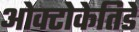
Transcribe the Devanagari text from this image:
ओक्टोकेतिडे